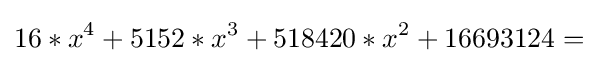
16*x^{4}+5152*x^{3}+518420*x^{2}+16693124=